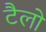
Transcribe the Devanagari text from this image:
टैलो